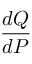
\frac { d Q } { d P }